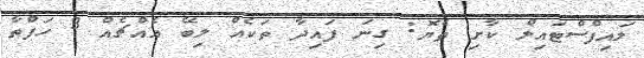
ލައިފްސްޓައިލް ކާށި ތެޔޮ: ގިނަ ފައިދާ ތަކެއް ލިބޭ އެއްޗެއް 3 ހަފްތާ